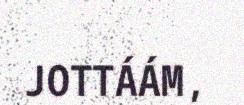
JOTTÁÁM,